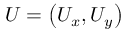
U = \left( U _ { x } , U _ { y } \right)